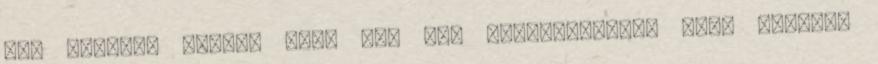
Úgy látszik igazam volt Azt nem feltételezem, hogy Kheiron